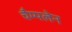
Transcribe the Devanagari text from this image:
चैम्पलेन